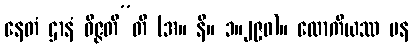
နေတံ ဌာနံ ဝိဇ္ဇတီ”တိ (အ။ နိ။ ၁။၂၉၀)။ လောကိယဿ ပန